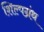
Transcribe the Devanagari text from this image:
शिल्पग्रंथ